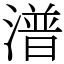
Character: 潽